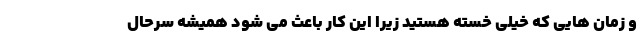
و زمان هایی که خیلی خسته هستید زیرا این کار باعث می شود همیشه سرحال